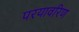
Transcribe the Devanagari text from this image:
परयावरिण